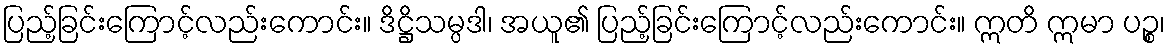
ပြည့်ခြင်းကြောင့်လည်းကောင်း။ ဒိဋ္ဌိသမ္ပဒါ၊ အယူ၏ ပြည့်ခြင်းကြောင့်လည်းကောင်း။ ဣတိ ဣမာ ပဉ္စ၊